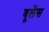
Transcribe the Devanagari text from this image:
वूलेंस